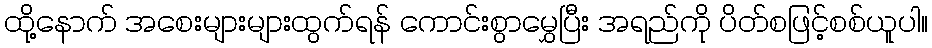
ထို့နောက် အစေးများများထွက်ရန် ကောင်းစွာမွှေပြီး အရည်ကို ပိတ်စဖြင့်စစ်ယူပါ။